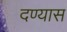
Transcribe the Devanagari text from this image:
दण्यास